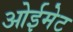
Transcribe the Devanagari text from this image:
ओईमेट